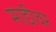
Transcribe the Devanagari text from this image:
माडीवर